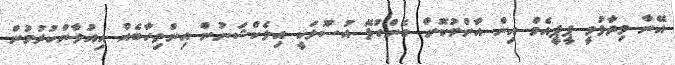
އޭނާ ވިދާޅުވީ ޕީޕީއެމް އިން އާންމުކޮށް ގެންގުޅޭ އުސޫލަކީ އިލެކްޝަނުން އިންތިހާބެއް އިއުލާންކުރުމުން